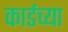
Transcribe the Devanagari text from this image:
कार्डच्या